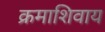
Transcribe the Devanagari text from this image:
क्रमाशिवाय